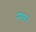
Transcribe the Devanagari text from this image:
शस्त्र।